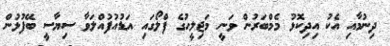
ދިނުމާއި އެކު އިދިކޮޅު މެމްބަރުން ވަނީ މަޖިލީހުގެ ފްލޯގައި އަޑުއުފުއްލަވާ ސިޔާސީ ބޭފުޅުން